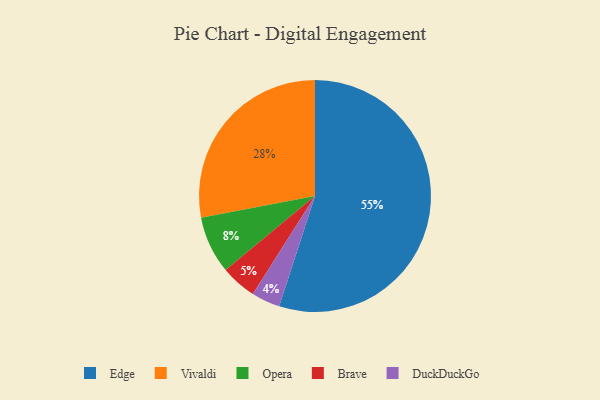
{"axis": {"x": "Category", "y": "Percentage"}, "legend": ["Brave", "DuckDuckGo", "Edge", "Opera", "Vivaldi"], "data": [{"x": "Vivaldi", "y": 28, "type": "Vivaldi"}, {"x": "Edge", "y": 55, "type": "Edge"}, {"x": "Opera", "y": 8, "type": "Opera"}, {"x": "DuckDuckGo", "y": 4, "type": "DuckDuckGo"}, {"x": "Brave", "y": 5, "type": "Brave"}]}